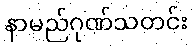
နာမည်ဂုဏ်သတင်း